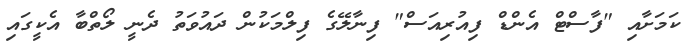
ކަމަށާއި "ފާސްޓް އެންޑް ފިއުރިއަސް" ފިނާލޭގެ ފިލްމަކުން ދައުވަތު ދެނީ ލޯތްބާ އެކީގައި